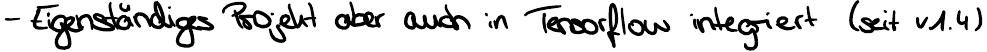
- Eigenständiges Projekt aber auch in Tensorflow integriert (seit v1.4)